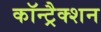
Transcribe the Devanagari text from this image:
कॉन्ट्रैक्शन